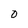
Character: 0